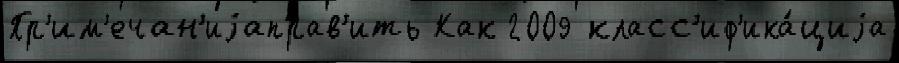
Пр'им'ечан'иjаправ'ить Как 2009 класс'иф'ика́циjа